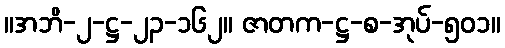
။အဘိ-၂-ဋ္ဌ-၂၃-၁၆၂။ ဇာတက-ဋ္ဌ-စ-အုပ်-၅၀၁။